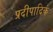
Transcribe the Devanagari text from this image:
प्रदीपादिकं